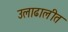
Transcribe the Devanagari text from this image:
उलाढालीत